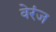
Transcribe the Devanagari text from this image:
वेरंज